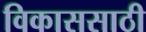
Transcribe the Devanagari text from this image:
विकाससाठी